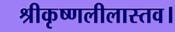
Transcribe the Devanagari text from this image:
श्रीकृष्णलीलास्तव।